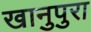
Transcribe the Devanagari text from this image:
खानुपुरा